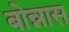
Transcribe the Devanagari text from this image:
बोन्नास